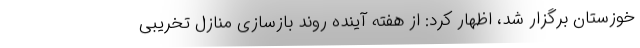
خوزستان برگزار شد، اظهار کرد: از هفته آینده روند بازسازی منازل تخریبی